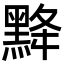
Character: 𪐿